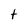
Character: t